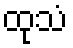
ထုသံ